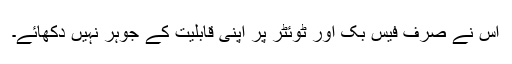
اس نے صرف فیس بک اور ٹوئٹر پر اپنی قابلیت کے جوہر نہیں دکھائے۔